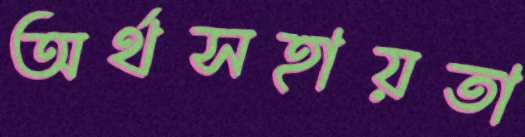
অর্থসহায়তা